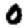
Digit: 0